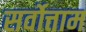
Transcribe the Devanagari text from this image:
सर्वोत्ताम